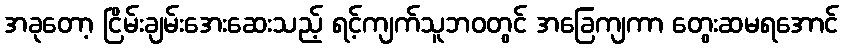
အခုတော့ ငြိမ်းချမ်းအေးဆေးသည့် ရင့်ကျက်သူဘဝတွင် အခြေကျကာ တွေးဆမရအောင်